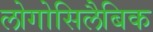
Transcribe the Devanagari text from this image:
लोगोसिलैबिक